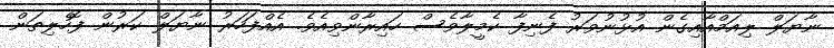
ނާޔަލް ލިއަމްއާއިގެން އުޅުނުވަރު ފެނިފާ ކެމީލާވެސް ހައިރާންވިއެވެ. އެއްފަހަރު ނާޔަލް ކަރުން ފޮހެލިތަން